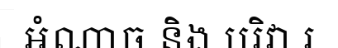
អំណាច និង បរិវា រ